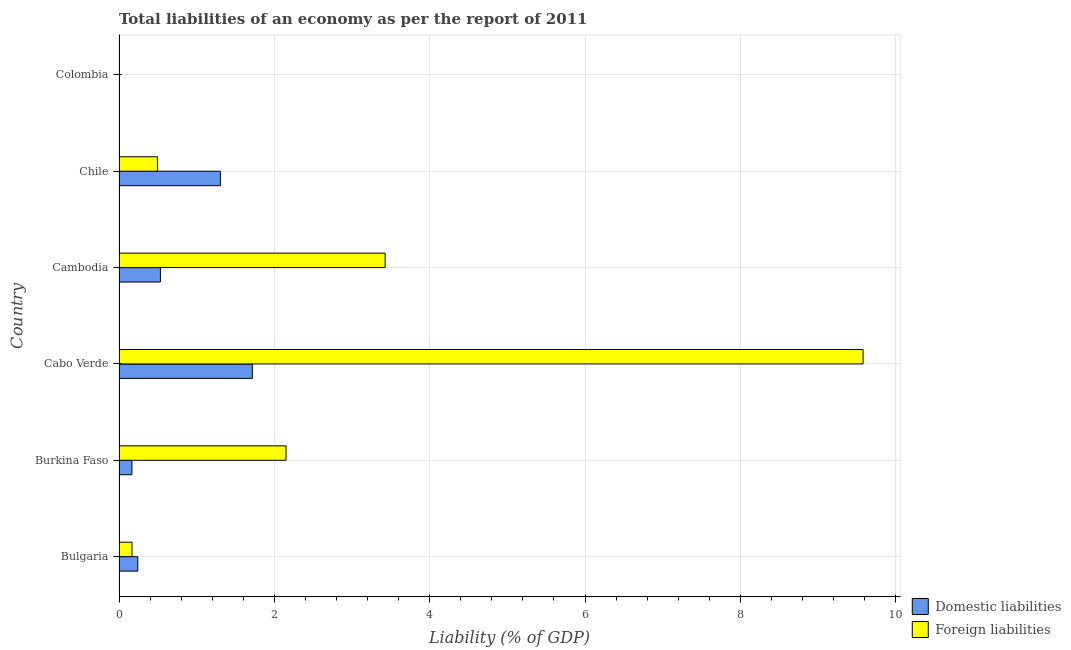
| Country | Domestic liabilities | Foreign liabilities |
 | --- | --- | --- |
 | Bulgaria | 0.241 | 0.167 |
 | Burkina Faso | 0.165 | 2.15 |
 | Cabo Verde | 1.72 | 9.58 |
 | Cambodia | 0.533 | 3.43 |
 | Chile | 1.3 | 0.496 |
 | Colombia | -1.97 | -0.731 |